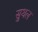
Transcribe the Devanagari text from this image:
सुथल